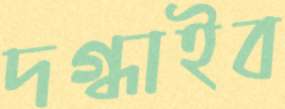
দগ্ধাইব